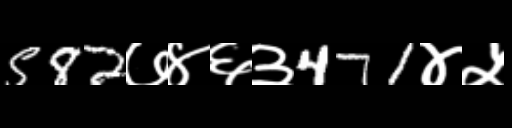
Text: 582७४६३471४५